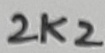
Text: 2K2